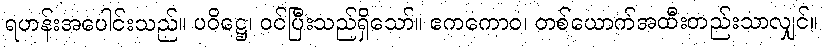
ရဟန်းအပေါင်းသည်။ ပဝိဋ္ဌေ၊ ဝင်ပြီးသည်ရှိသော်။ ဧကကောဝ၊ တစ်ယောက်အထီးတည်းသာလျှင်။